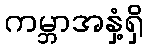
ကမ္ဘာအနှံ့ရှိ